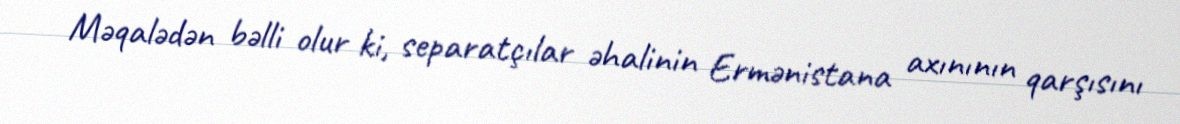
Məqalədən bəlli olur ki, separatçılar əhalinin Ermənistana axınının qarşısını